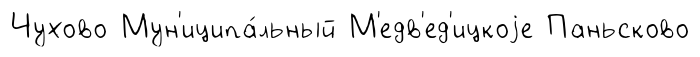
Чухово Мун'иципа́льный М'едв'ед'ицкоjе Паньсково